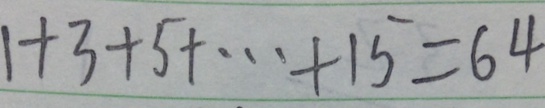
1 + 3 + 5 + \cdots + 1 5 = 6 4